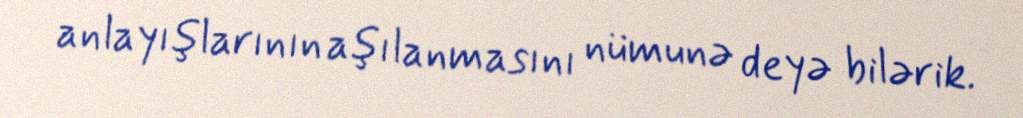
anlayışlarının aşılanmasını nümunə deyə bilərik.